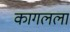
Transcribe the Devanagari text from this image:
कागलला